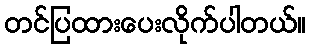
တင်ပြထားပေးလိုက်ပါတယ်။